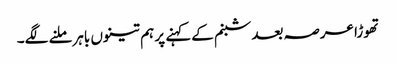
تھوڑا عرصہ بعد شبنم کےکہنے پر ہم تینوں باہرملنے لگے۔